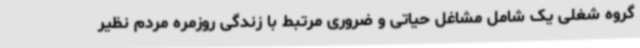
گروه شغلی یک شامل مشاغل حیاتی و ضروری مرتبط با زندگی روزمره مردم نظیر